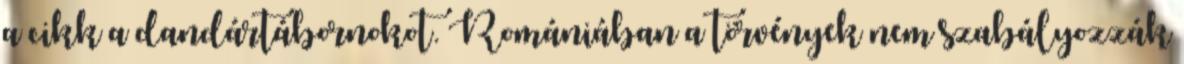
a cikk a dandártábornokot. Romániában a törvények nem szabályozzák